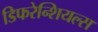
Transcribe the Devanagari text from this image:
डिफरेन्शियल्स